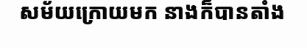
សម័យក្រោយមក នាងក៏បានតាំង